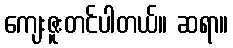
ကျေးဇူးတင်ပါတယ်။ ဆရာ။